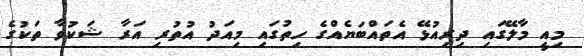
މިއީ މާލޭގައި ދިރިއުޅޭ އެތައްބަޔެއްގެ ހިތުގައި މިއަދު އުތުރި އަރާ ޝަކުވާ ތަކުގެ